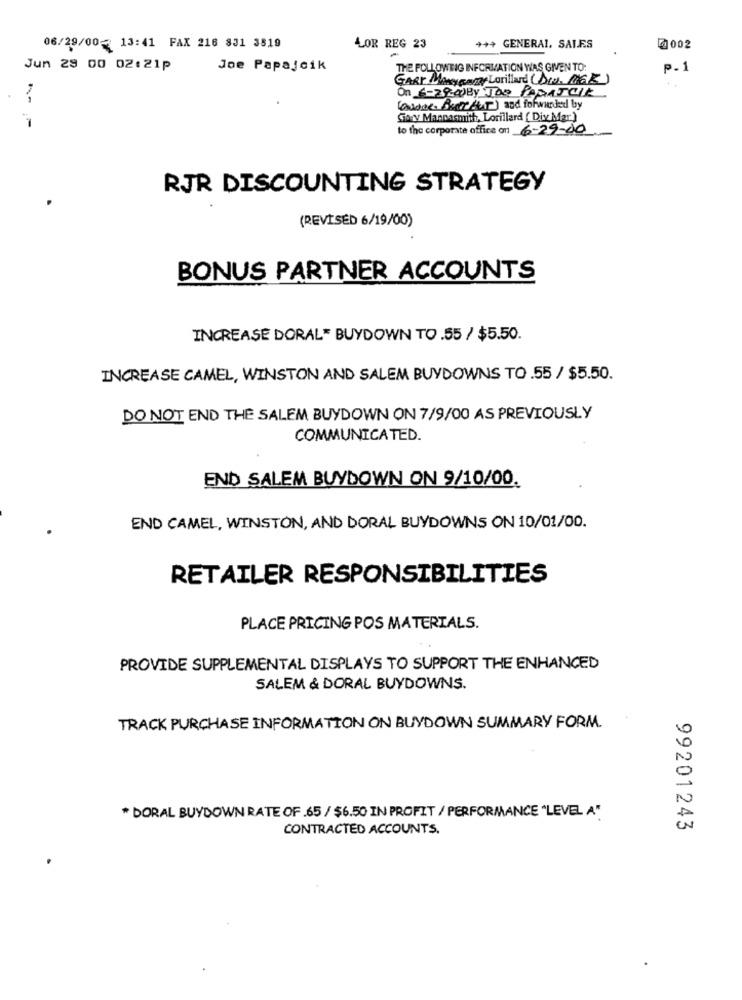
06/29/00- 13:41 FAX 216 831 3819
LOR REG 23
*** GENERAL. SALES
0002
Jun 29 00 02:21p
Joe Papajoik
THE FOLLOWTIG INFORMATION WAS GIVEN TO:
P.1
GART ManyGenzy Lorillard (Dia, MGR)
On 6-29:00BY Joe PARASOIR
(andde Butter) and forwarded by
Gary Mancasmith, Lorillard ( Div Mar )
to the corporate office on 6-29-00
RJR DISCOUNTING STRATEGY
(REVISED 6/19/00)
BONUS PARTNER ACCOUNTS
INCREASE DORAL" BUYDOWN TO .55 / $5.50.
INCREASE CAMEL, WINSTON AND SALEM BUYDOWNS TO .55 / $5.50.
DO NOT END THE SALEM BUYDOWN ON 7/9/00 AS PREVIOUSLY
COMMUNICATED.
END SALEM BUYDOWN ON 9/10/00.
END CAMEL, WINSTON, AND DORAL BUYDOWNS ON 10/01/00.
RETAILER RESPONSIBILITIES
PLACE PRICING POS MATERIALS.
PROVIDE SUPPLEMENTAL DISPLAYS TO SUPPORT THE ENHANCED
SALEM & DORAL BUYDOWNS.
TRACK PURCHASE INFORMATION ON BUYDOWN SUMMARY FORM.
* DORAL BUYDOWN RATE OF .65 / $6.50 IN PROFIT / PERFORMANCE "LEVEL A".
CONTRACTED ACCOUNTS.
99201243